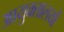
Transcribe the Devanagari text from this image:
आयुक्‍तालयों